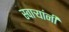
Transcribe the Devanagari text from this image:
स्वाऱ्यांनी